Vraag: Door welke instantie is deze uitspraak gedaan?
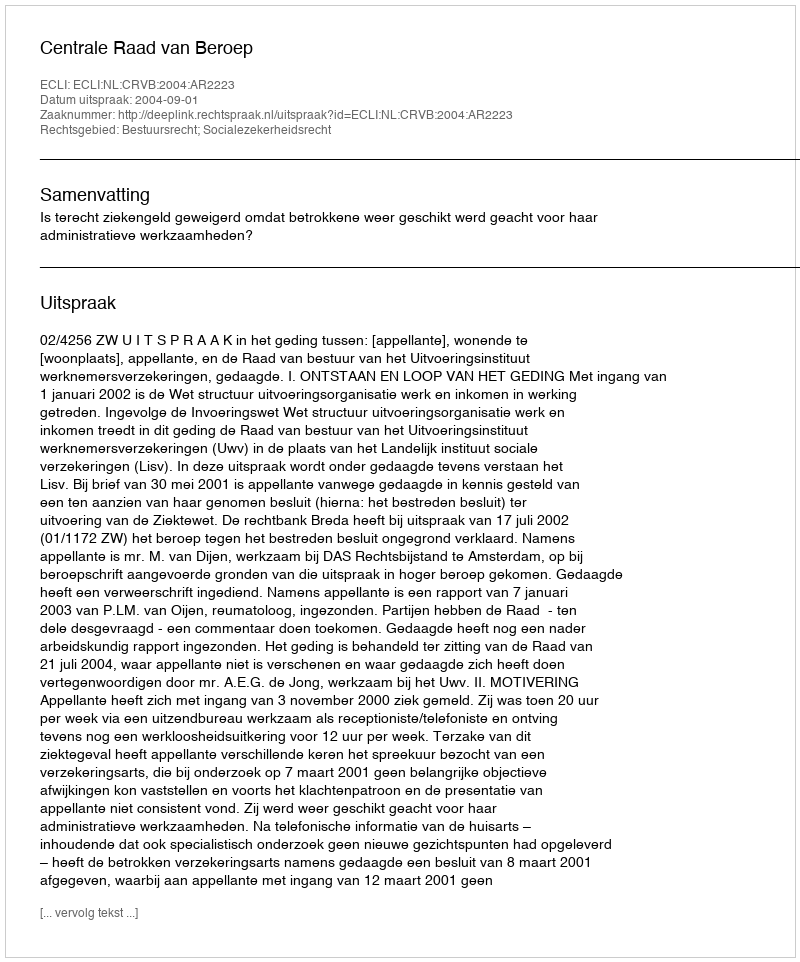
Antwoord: Centrale Raad van Beroep